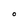
Character: O